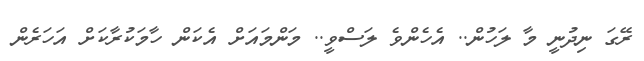
ރޭގަ ނިދުނީ މާ ލަހުން.. އެހެންވެ ލަސްވީ.. މަންމައަށް އެކަން ހާމަކުރާކަށް އަހަރެން